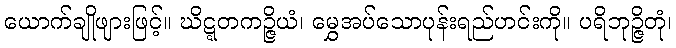
ယောက်ချိုဖျားဖြင့်။ ဃိဋ္ဋတကဉ္ဇိယံ၊ မွှေအပ်သောပုန်းရည်ဟင်းကို။ ပရိဘုဉ္ဇိတုံ၊